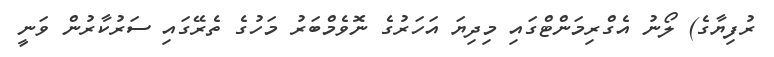
ރުފިޔާގެ) ލޯނު އެގްރިމަންޓްގައި މިދިޔަ އަހަރުގެ ނޮވެމްބަރު މަހުގެ ތެރޭގައި ސަރުކާރުން ވަނީ